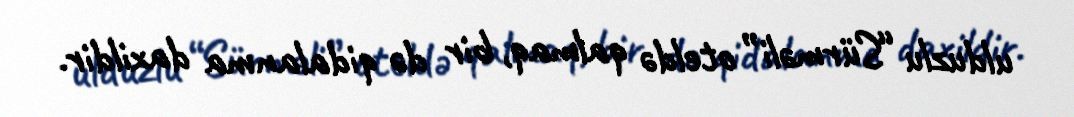
ulduzlu “Sürməli” oteldə qalmaq, bir də qidalanma daxildir.